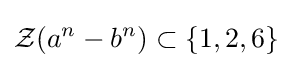
{\mathcal {Z}}(a^{n}-b^{n})\subset \{1,2,6\}